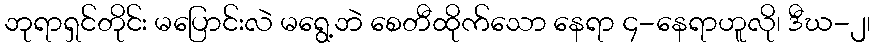
ဘုရာရှင်တိုင်း မပြောင်းလဲ မရွေ့ဘဲ စေတီထိုက်သော နေရာ ၄-နေရာဟူလို၊ ဒီဃ-၂၊